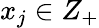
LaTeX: x_{j}\in Z_{+}